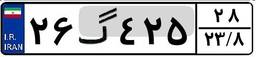
۲۶گ۴۲۵۲۸